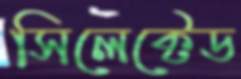
সিলেক্টেড